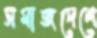
সমাজদেশে